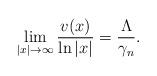
LaTeX: \begin{align*}\lim_{|x|\rightarrow \infty}\frac{v(x)}{\ln|x|}=\frac{\Lambda}{\gamma_{n}}.\end{align*}